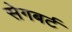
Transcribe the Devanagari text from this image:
सेगबर्ट